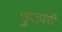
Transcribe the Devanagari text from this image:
फुलवरी